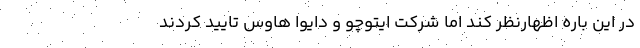
در این باره اظهارنظر کند اما شرکت ایتوچو و دایوا هاوس تایید کردند